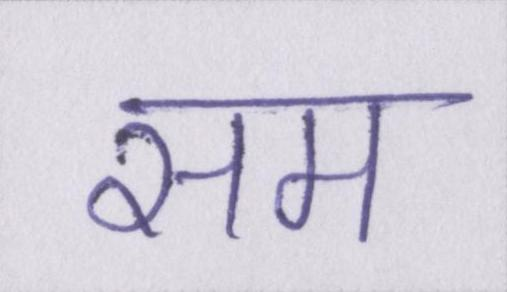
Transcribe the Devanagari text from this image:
सम